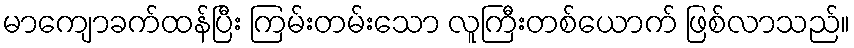
မာကျောခက်ထန်ပြီး ကြမ်းတမ်းသော လူကြီးတစ်ယောက် ဖြစ်လာသည်။